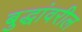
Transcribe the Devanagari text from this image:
बुद्धांवरील